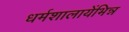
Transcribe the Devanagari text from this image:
धर्मशालायेंभिन्न